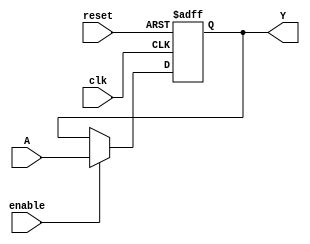
module FFP1(input wire clk, reset, enable, A, output reg Y);
 always @ (posedge clk or posedge reset) begin
    if (reset)
      Y <= 1'b0;
    else if(enable)
      Y <= A;
  end
endmodule

module FFPT(input wire clk, reset, enable, A, output wire Y);
  FFP1 U1(clk, reset, enable, ~Y, Y);
endmodule